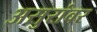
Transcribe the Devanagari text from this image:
असुरांवर